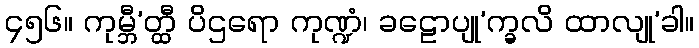
၄၅၆။ ကုမ္ဘီ’တ္ထီ ပိဌရော ကုဏ္ဍံ၊ ခဠောပျု’က္ခလိ ထာလျု’ခါ။